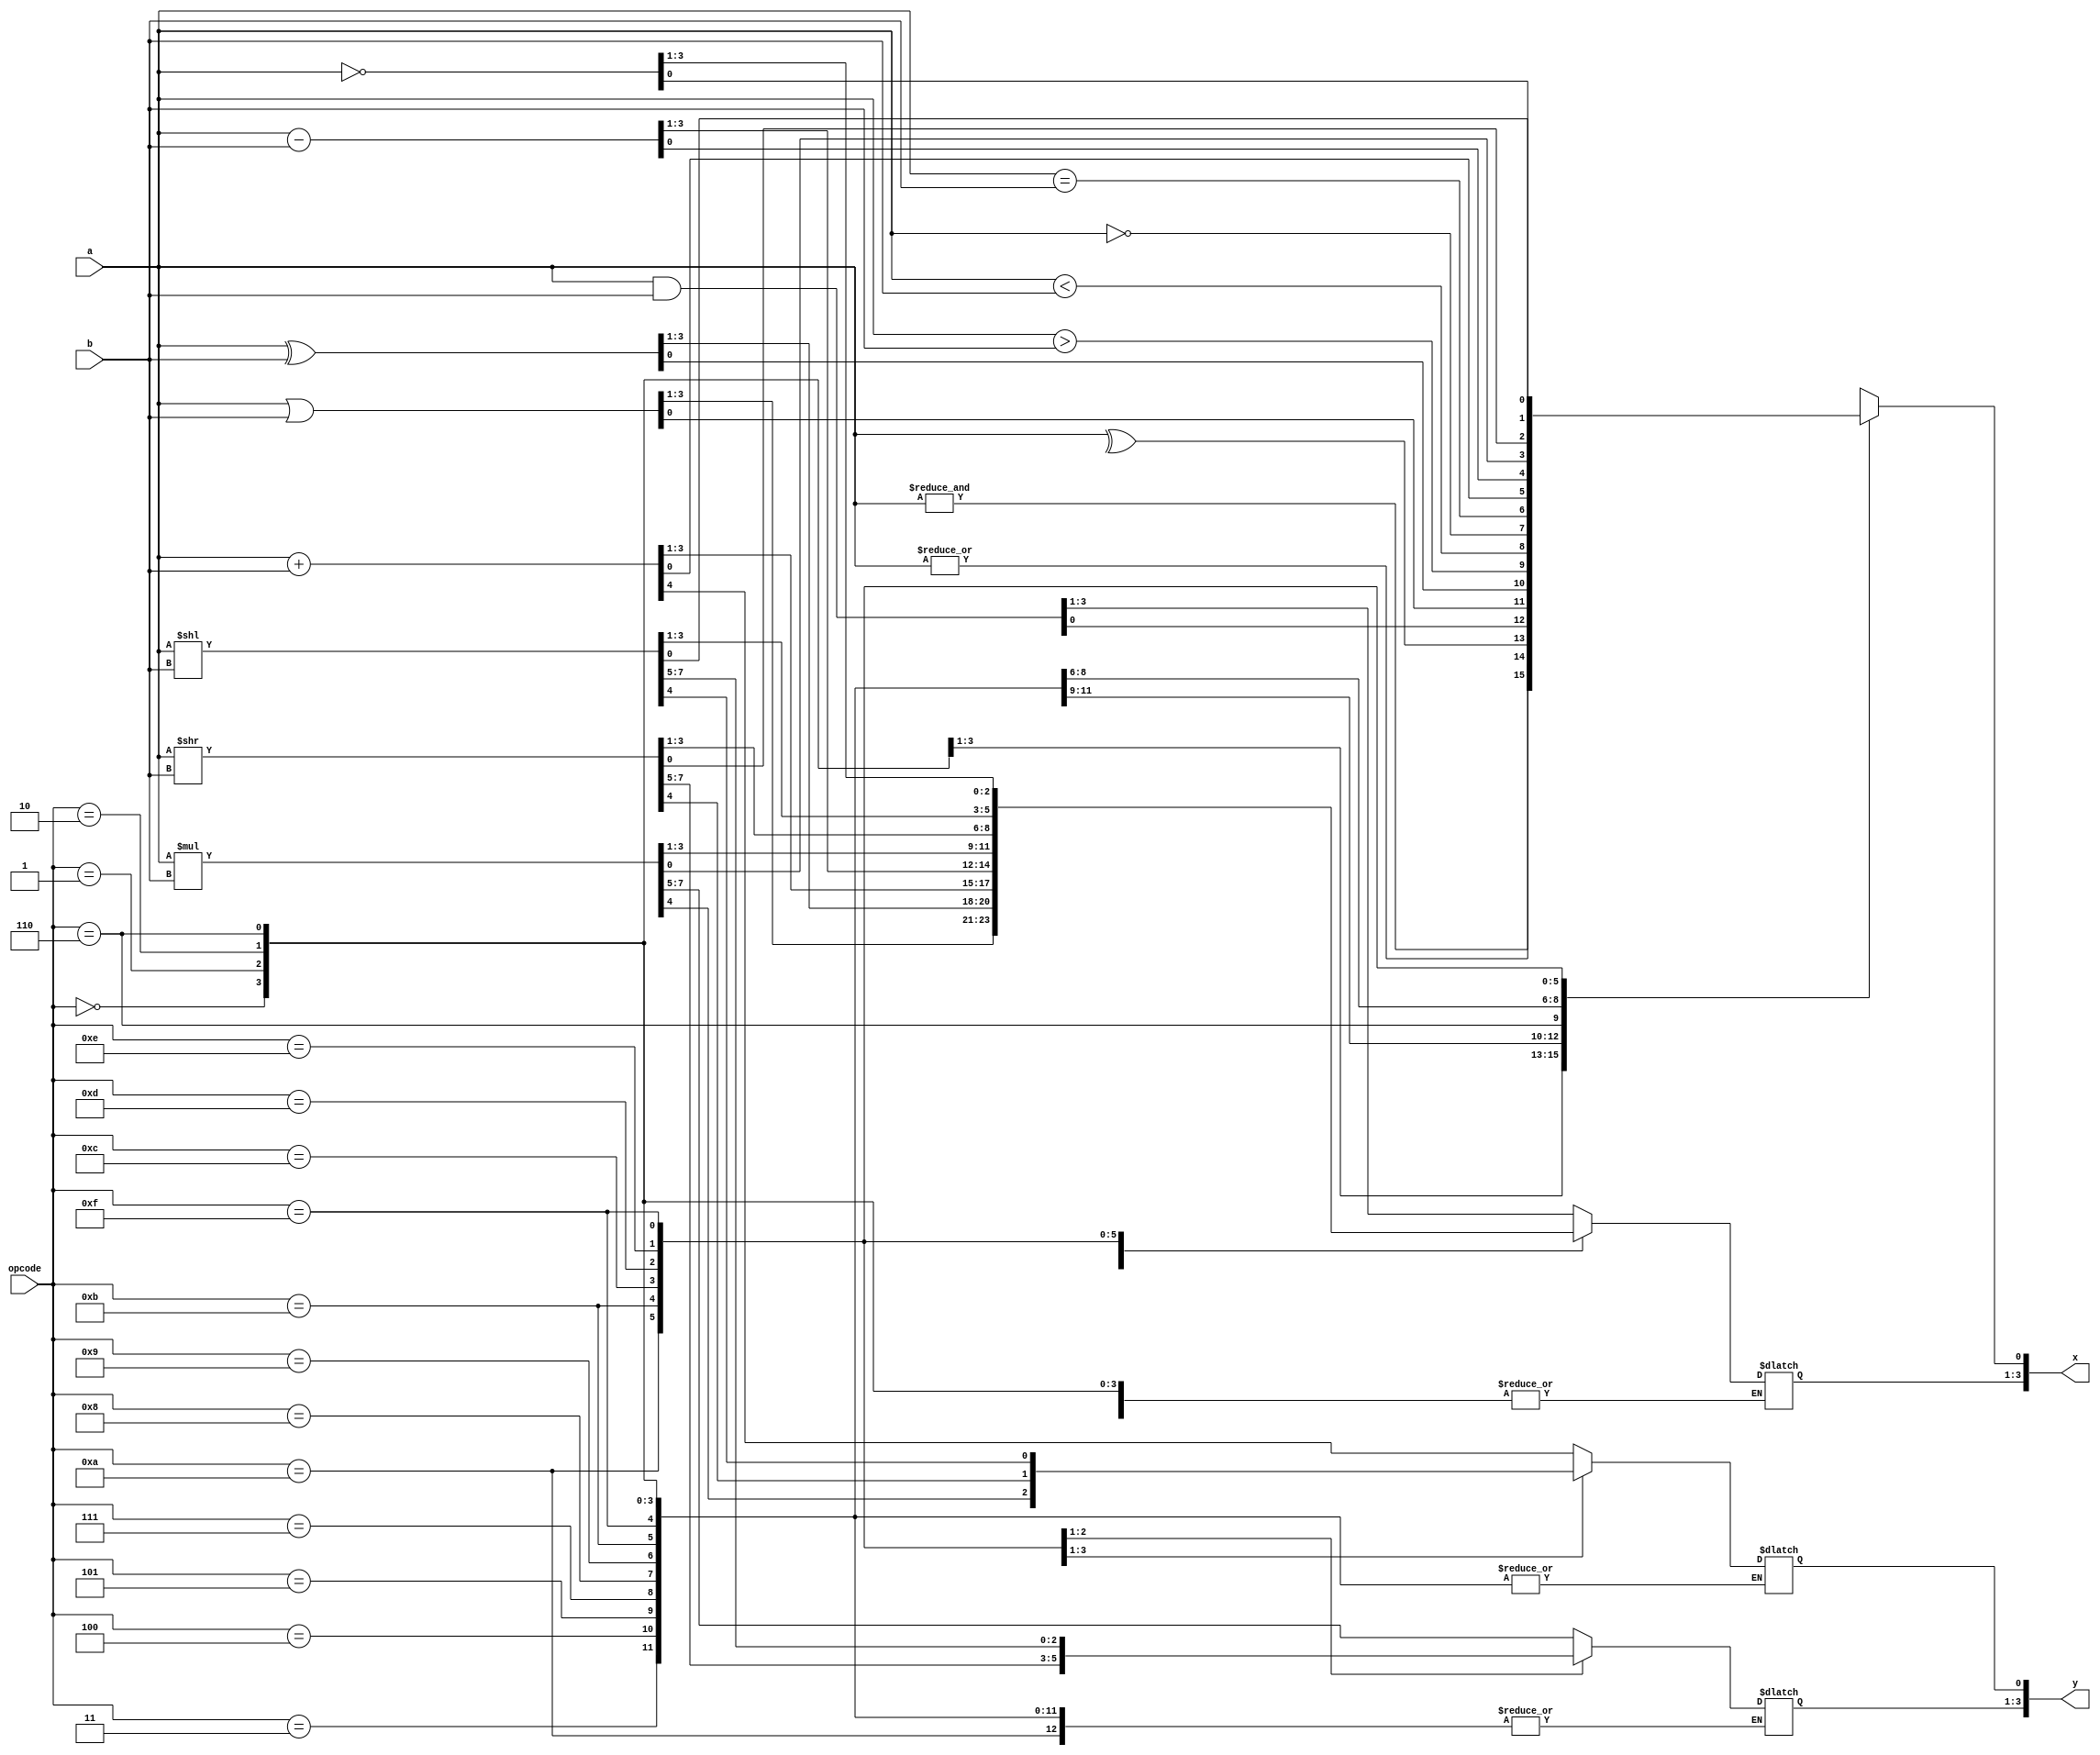
module ALU (x,y,a,b,opcode);
input [3:0] a,b,opcode;
output reg [3:0]x,y;
always @(a,b,opcode)
	case(opcode)
		4'b0000: x[0] = | a;
		4'b0001: x[0] = & a;
		4'b0010: x[0] = ^ a;
		4'b0011: x = a & b;
		4'b0100: x = a | b;
		4'b0101: x = a ^ b;
		4'b0110: x[0] = a > b;
		4'b0111: x[0] = a < b;
		4'b1000: x[0] = !a;
		4'b1001: x[0] = a==b;
		4'b1010: {y[0],x} = a + b;
		4'b1011: x = a - b;
		4'b1100: {y,x} = a * b;
		4'b1101: {y,x} = a>>b;
		4'b1110: {y,x} = a<<b;
		4'b1111: x= ~a;
		default: $display("error");
	endcase
endmodule